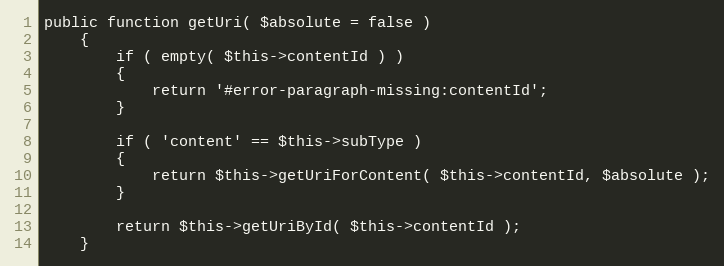
Language: PHP
public function getUri( $absolute = false )
    {
        if ( empty( $this->contentId ) )
        {
            return '#error-paragraph-missing:contentId';
        }

        if ( 'content' == $this->subType )
        {
            return $this->getUriForContent( $this->contentId, $absolute );
        }

        return $this->getUriById( $this->contentId );
    }